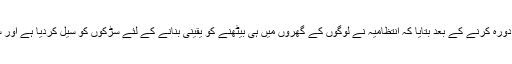
یو این آئی اردو کے ایک نامہ نگار نے پیر کی صبح سری نگر کے مختلف علاقوں کا دورہ کرنے کے بعد بتایا کہ انتظامیہ نے لوگوں کے گھروں میں ہی بیٹھنے کو یقینی بنانے کے لئے سڑکوں کو سیل کردیا ہے اور سیکورٹی فورسز کی بھی سڑکوں اور اہم چوراہوں پر تعیناتی کو مزید بڑھا دیا گیا ہے۔